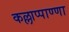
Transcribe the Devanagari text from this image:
कल्लाप्पाण्णा